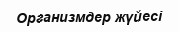
Организмдер жүйесі